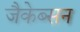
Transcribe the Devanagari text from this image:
जैकेब्सन